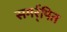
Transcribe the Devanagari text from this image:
समर्र्पित